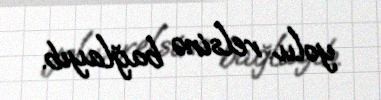
yolu relsinə bağlayıb.